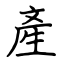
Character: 產